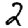
Digit: 2